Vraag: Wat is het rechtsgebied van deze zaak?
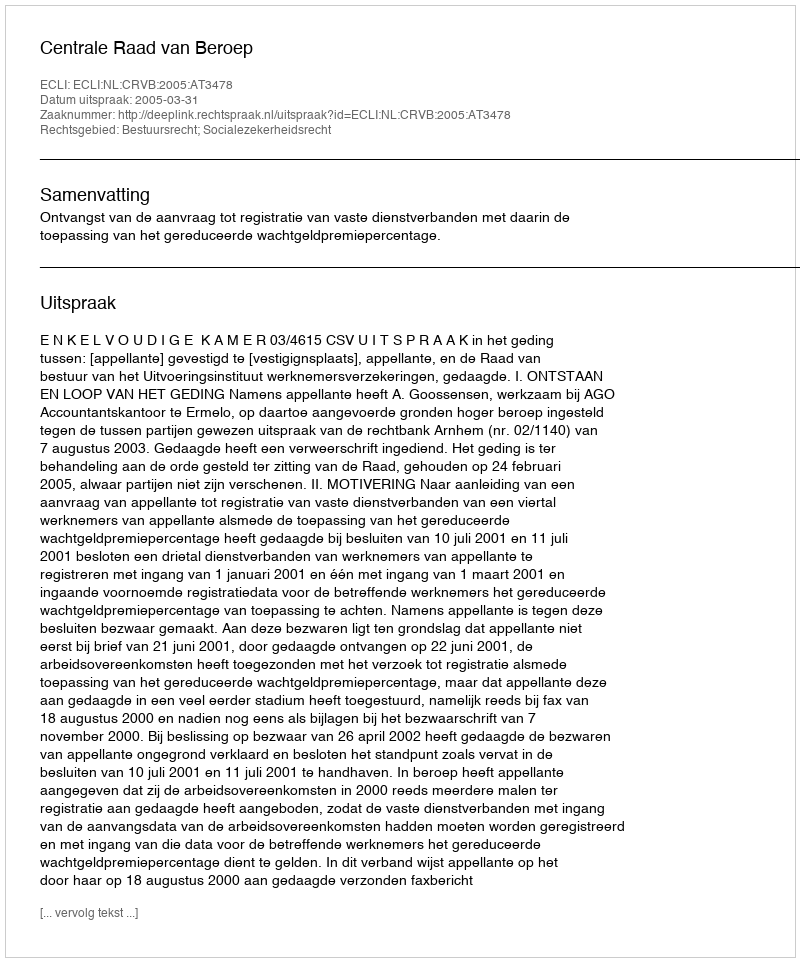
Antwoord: Bestuursrecht; Socialezekerheidsrecht